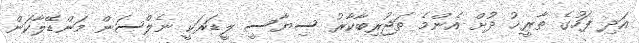
އަދި ފަހުގެ ތާރީޚު ދުށް އެންމެ ތަޖުރިބާކާރު ސިޔާސީ ލީޑަރަކީ ނެލްސަން މަންޑޭލާކަން